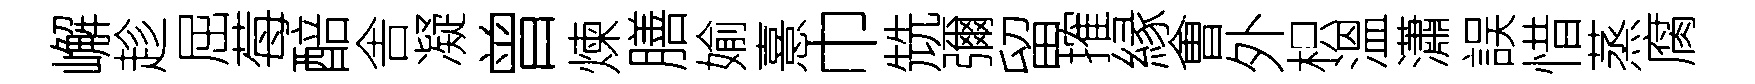
嶰趁屈莓醅舎凝曾煉膳媮憙巾兟彌留搉縁㑹外枳溫瀟誤惜蒸腐